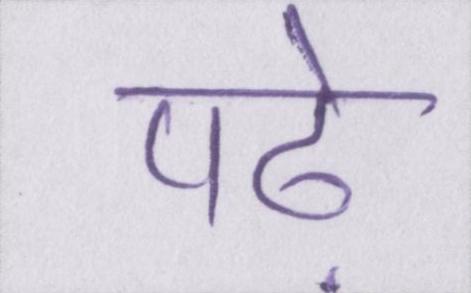
पढ़े